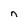
Character: n